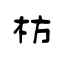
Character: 枋